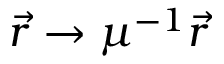
\vec { r } \rightarrow \mu ^ { - 1 } \vec { r }